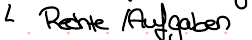
Rechte / Aufgaben